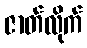
ဇာတ်လိုက်